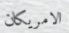
الامريكان